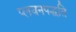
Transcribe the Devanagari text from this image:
प्लवनपद्धति